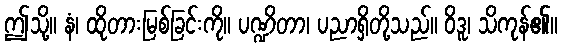
ဤသို့။ နံ၊ ထိုတားမြစ်ခြင်းကို။ ပဏ္ဍိတာ၊ ပညာရှိတို့သည်။ ဝိဒူ၊ သိကုန်၏။